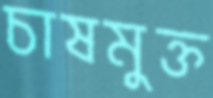
চাষমুক্ত